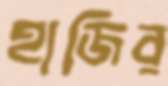
হাজির